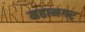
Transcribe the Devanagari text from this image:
महानगर्